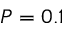
P = 0 . 1